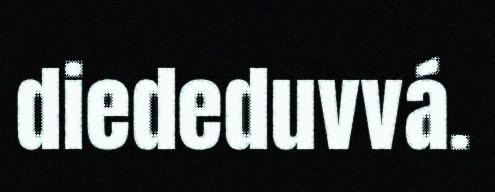
diededuvvá.